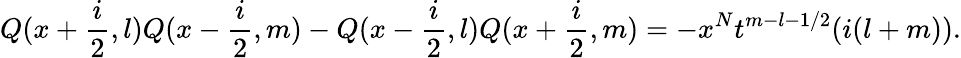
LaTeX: Q(x+\frac{i}{2},l)Q(x-\frac{i}{2},m)-Q(x-\frac{i}{2},l)Q(x+\frac{i}{2},m)=-x^{N}t^{m-l-1/2}(i(l+m)).